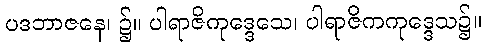
ပဒဘာဇနေ၊ ၌။ ပါရာဇိကုဒ္ဒေသေ၊ ပါရာဇိကကုဒ္ဒေသ၌။